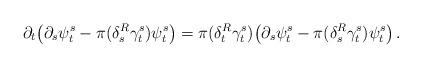
LaTeX: \begin{align*}\partial_{t}\big( \partial_{s}\psi^{s}_{t}- \pi(\delta^{R}_{s}\gamma^{s}_{t})\psi^{s}_{t}\big)=\pi(\delta^{R}_{t}\gamma^{s}_{t})\big(\partial_{s}\psi^{s}_{t}- \pi(\delta^{R}_{s}\gamma^{s}_{t})\psi^{s}_{t}\big)\,.\end{align*}